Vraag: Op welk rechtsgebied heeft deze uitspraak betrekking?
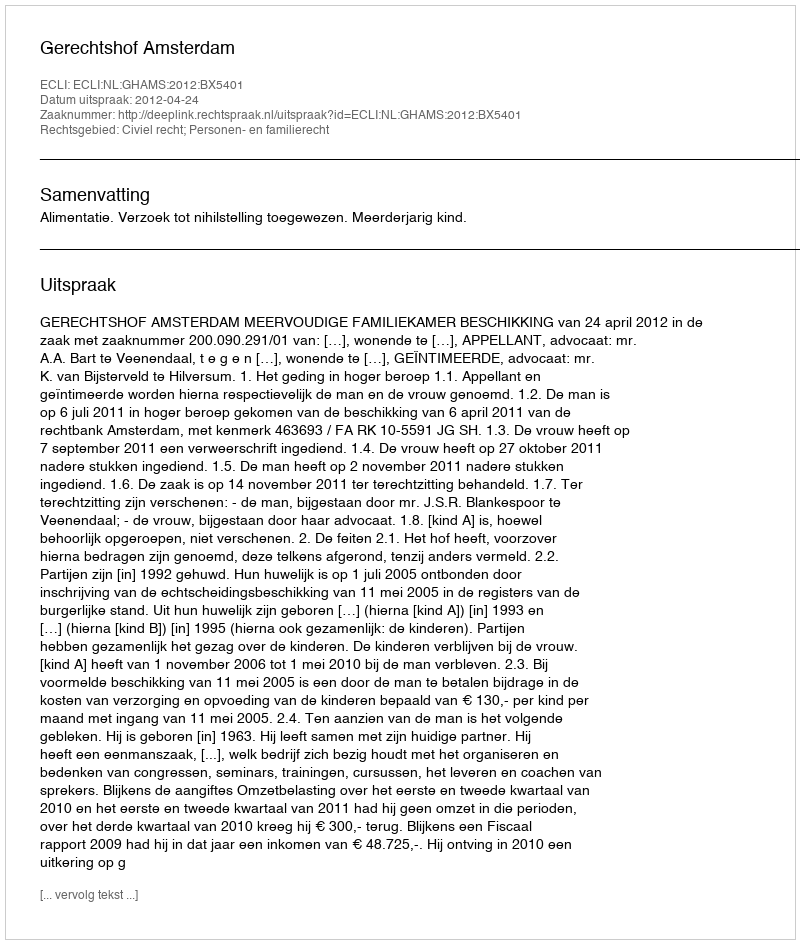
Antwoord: Civiel recht; Personen- en familierecht